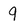
Character: 9